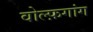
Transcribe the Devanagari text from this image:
वोल्फ़गांग